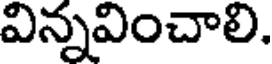
విన్నవించాలి.